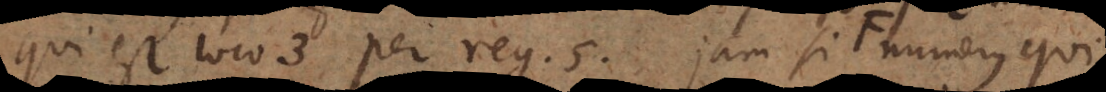
qui est loco 3 per reg. 5. Jam si numerus qui